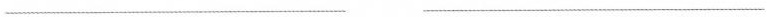
___ ___